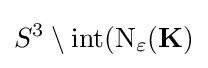
S^{3}\setminus \operatorname {int} (\mathrm {N} _{\varepsilon }(\mathbf {K} )